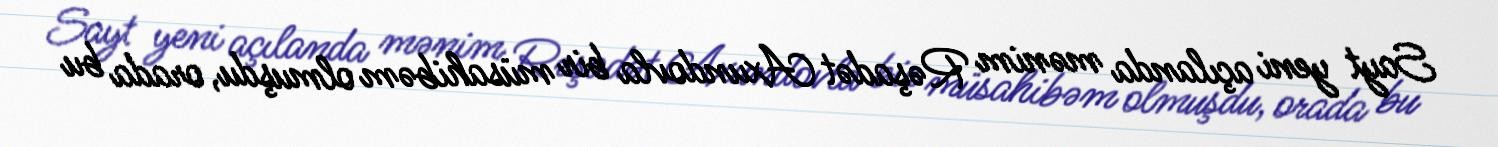
Sayt yeni açılanda mənim Rəşadət Axundovla bir müsahibəm olmuşdu, orada bu